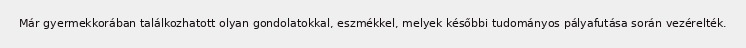
Már gyermekkorában találkozhatott olyan gondolatokkal, eszmékkel, melyek későbbi tudományos pályafutása során vezérelték.